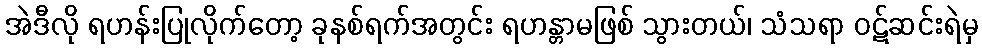
အဲဒီလို ရဟန်းပြုလိုက်တော့ ခုနစ်ရက်အတွင်း ရဟန္တာမဖြစ် သွားတယ်၊ သံသရာ ဝဋ်ဆင်းရဲမှ